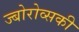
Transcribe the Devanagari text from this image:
ज्बोरोव्सकी